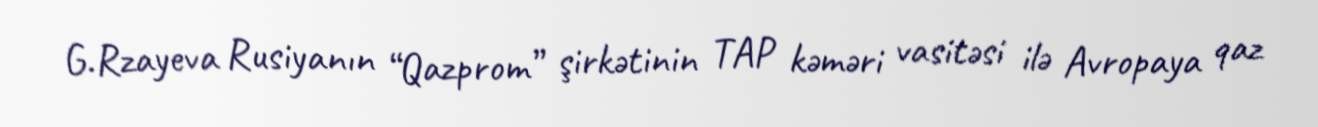
G.Rzayeva Rusiyanın “Qazprom” şirkətinin TAP kəməri vasitəsi ilə Avropaya qaz